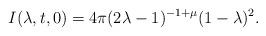
LaTeX: \begin{align*}I(\lambda, t, 0) = 4\pi(2\lambda - 1)^{-1+\mu}(1-\lambda)^2.\end{align*}